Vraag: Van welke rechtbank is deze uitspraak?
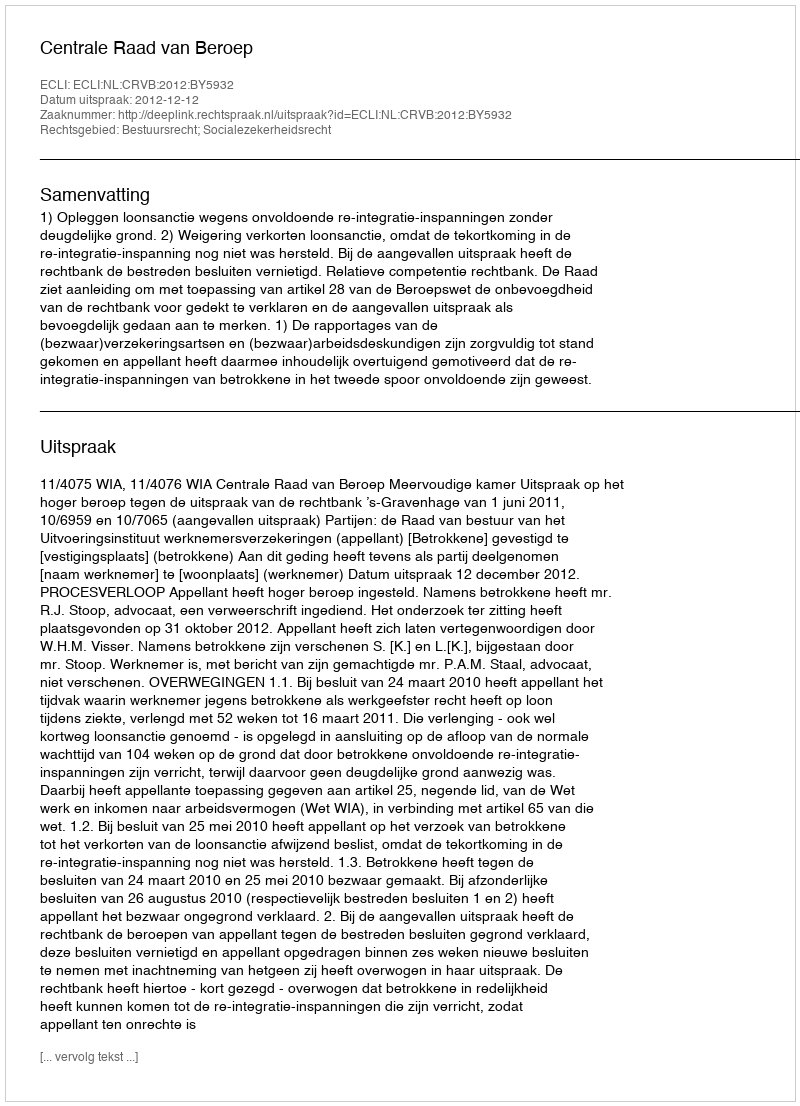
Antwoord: Centrale Raad van Beroep